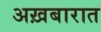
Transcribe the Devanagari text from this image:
अख़बारात